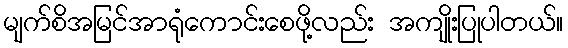
မျက်စိအမြင်အာရုံကောင်းစေဖို့လည်း အကျိုးပြုပါတယ်။